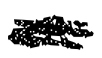
Text: a
Cross-out: mix
Writing tool: digital_black